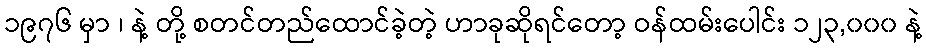
၁၉၇၆ မှာ ၊ နဲ့ တို့ စတင်တည်ထောင်ခဲ့တဲ့ ဟာခုဆိုရင်တော့ ဝန်ထမ်းပေါင်း ၁၂၃,၀၀၀ နဲ့